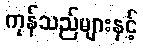
ကုန်သည်များနှင့်